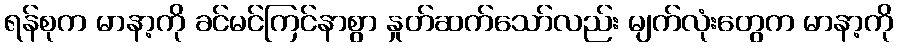
ရန်စုက မာနာ့ကို ခင်မင်ကြင်နာစွာ နှုတ်ဆက်သော်လည်း မျက်လုံးတွေက မာနာ့ကို